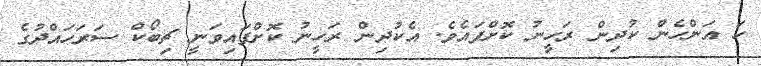
ހަ އަންހެން ކުދިން ރަހީނު ކޮށްފައެވެ. އެކުދިން ރަހީނު ކޮށްފައިވަނީ ޗިބޯކް ސަރަހައްދުގެ